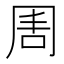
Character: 𠕛